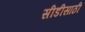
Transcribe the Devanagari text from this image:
सीडीसाठी